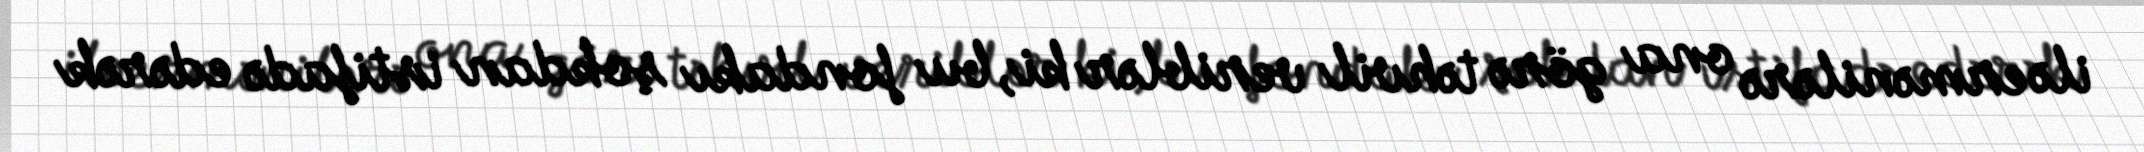
ilə ermənilərə ona görə təhvil veriblər ki, bu fondakı şokdan istifadə edərək